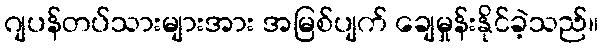
ဂျပန်တပ်သားများအား အမြစ်ပျက် ချေမှုန်းနိုင်ခဲ့သည်။